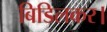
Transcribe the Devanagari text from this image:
बिडिलकर।